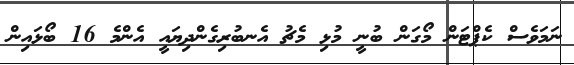
ނަމަވެސް ކެޕްޓަން މޯގަން ބުނީ މުޅި މެޗު އެނބުރިގެންދިޔައީ އެންމެ 16 ބޯޅައިން